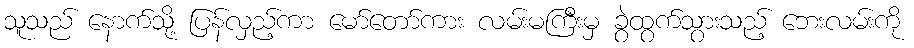
သူသည် နောက်သို့ ပြန်လှည့်ကာ မော်တော်ကား လမ်းမကြီးမှ ခွဲထွက်သွားသည့် ဘေးလမ်းကို